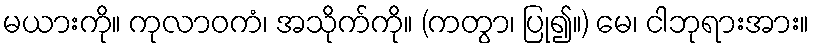
မယားကို။ ကုလာဝကံ၊ အသိုက်ကို။ (ကတွာ၊ ပြု၍။) မေ၊ ငါဘုရားအား။